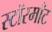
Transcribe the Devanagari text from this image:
स्टॉरमाँट